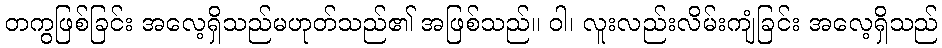
တကွဖြစ်ခြင်း အလေ့ရှိသည်မဟုတ်သည်၏ အဖြစ်သည်။ ဝါ၊ လူးလည်းလိမ်းကျံခြင်း အလေ့ရှိသည်